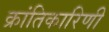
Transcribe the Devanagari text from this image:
क्रांतिकारिणी